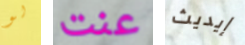
لو عنت إيديث